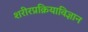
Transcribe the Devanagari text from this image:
शरीरप्रक्रियाविज्ञान